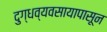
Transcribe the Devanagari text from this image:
दुग्धव्यवसायापासून